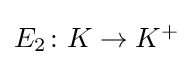
{\textstyle E_{2}\colon K\rightarrow K^{+}}